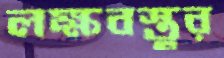
লক্ষবস্তুর